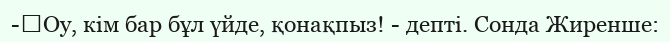
-	Оу, кім бар бұл үйде, қонақпыз! - депті. Сонда Жиренше: